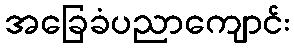
အခြေခံပညာကျောင်း